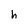
Character: h